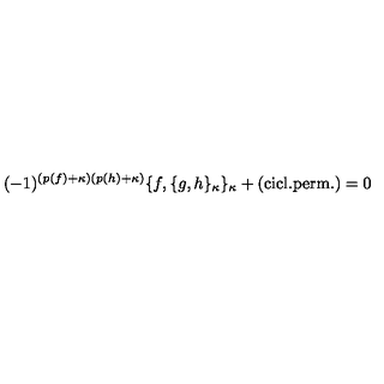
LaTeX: ( - 1 ) ^ { ( p ( f ) + \kappa ) ( p ( h ) + \kappa ) } \{ f , \{ g , h \} _ { \kappa } \} _ { \kappa } + \mathrm { { ( c i c l . p e r m . ) } } = 0